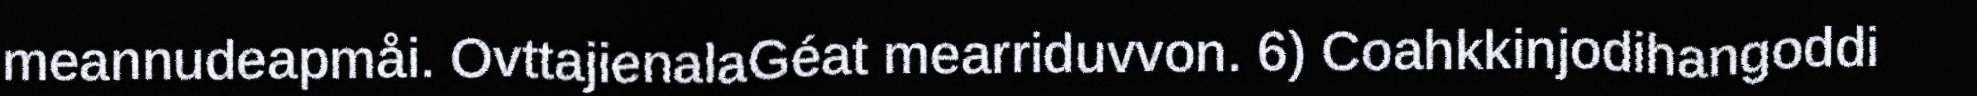
meannudeapmåi. OvttajienalaGéat mearriduvvon. 6) Coahkkinjodihangoddi